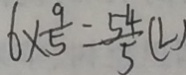
6 \times \frac { 9 } { 5 } = \frac { 5 4 } { 5 } ( L )